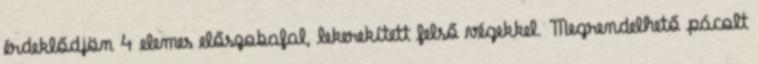
érdeklődjön 4 elemes előszobafal, lekerekített felső végekkel. Megrendelhető pácolt